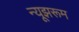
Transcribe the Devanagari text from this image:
न्यूझरूम